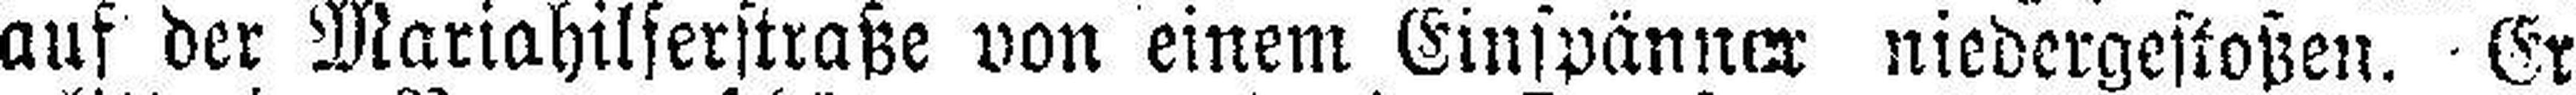
auf der Mariahilferstraße von einem Einspänner niedergestoßen. Er